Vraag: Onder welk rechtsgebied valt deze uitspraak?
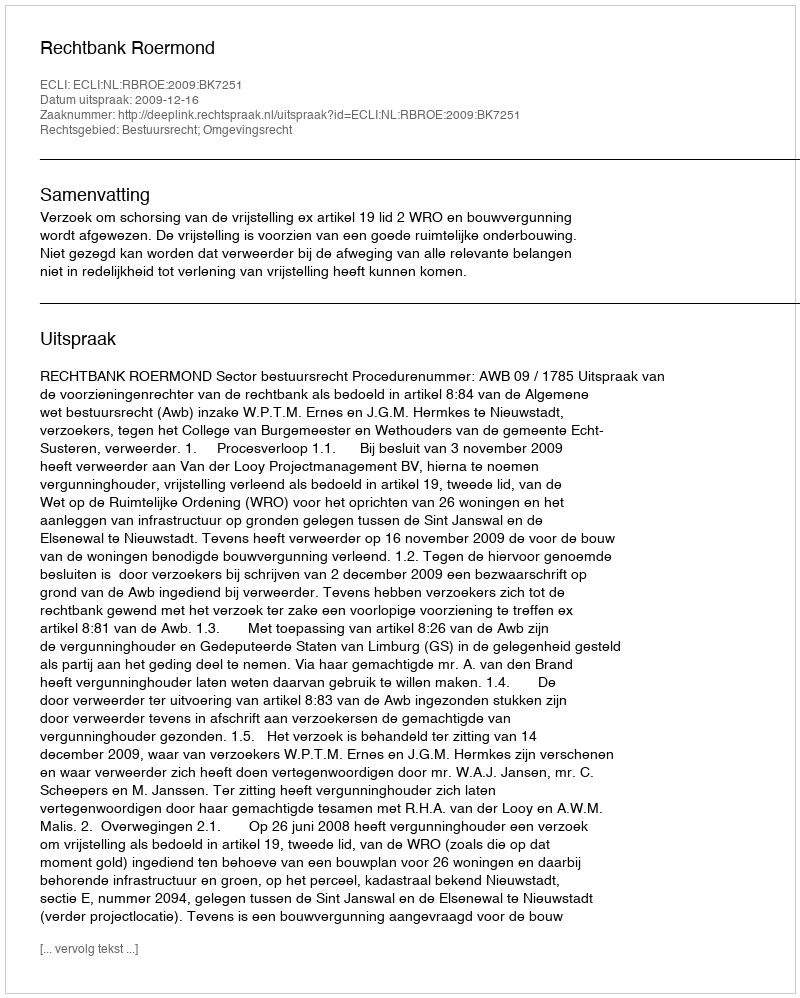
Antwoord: Bestuursrecht; Omgevingsrecht